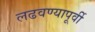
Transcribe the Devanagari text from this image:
लढवण्यापूर्वी